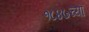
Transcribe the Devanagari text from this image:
१८४७च्या